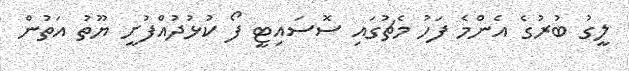
ލީގު ބުރުގެ އެންމެ ފަހު މެޗުގައި ސޮސައިޓީ ފޯ ކުޅުދުއްފުށީ ޔޫތު އަތުން